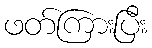
ဖတ်ကြားပြီး